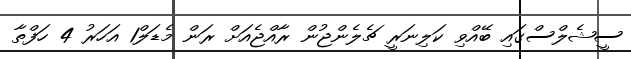
ސީޝެލްސްގައި ބޭއްވި ކަލިނަރީ ޗެލެންޖުން ރާއްޖެއަށް ރަން މެޑަލް1 އަހަރު 4 ހަފްތާ